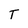
Character: T